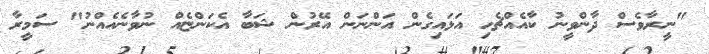
"ނީރާވެސް ދާންވީނު ކާއެއްޗެހި އަޅައިގެން އަންނަން އޭރުން ޝަބާ އެކަންޏެއް ނުވާނެއެއްނު" ސަމީރާ